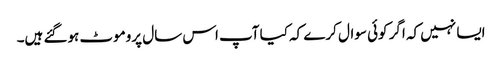
ایسا نہیں کہ اگر کوئی سوال کرے کہ کیا آپ اس سال پروموٹ ہوگئے ہیں۔